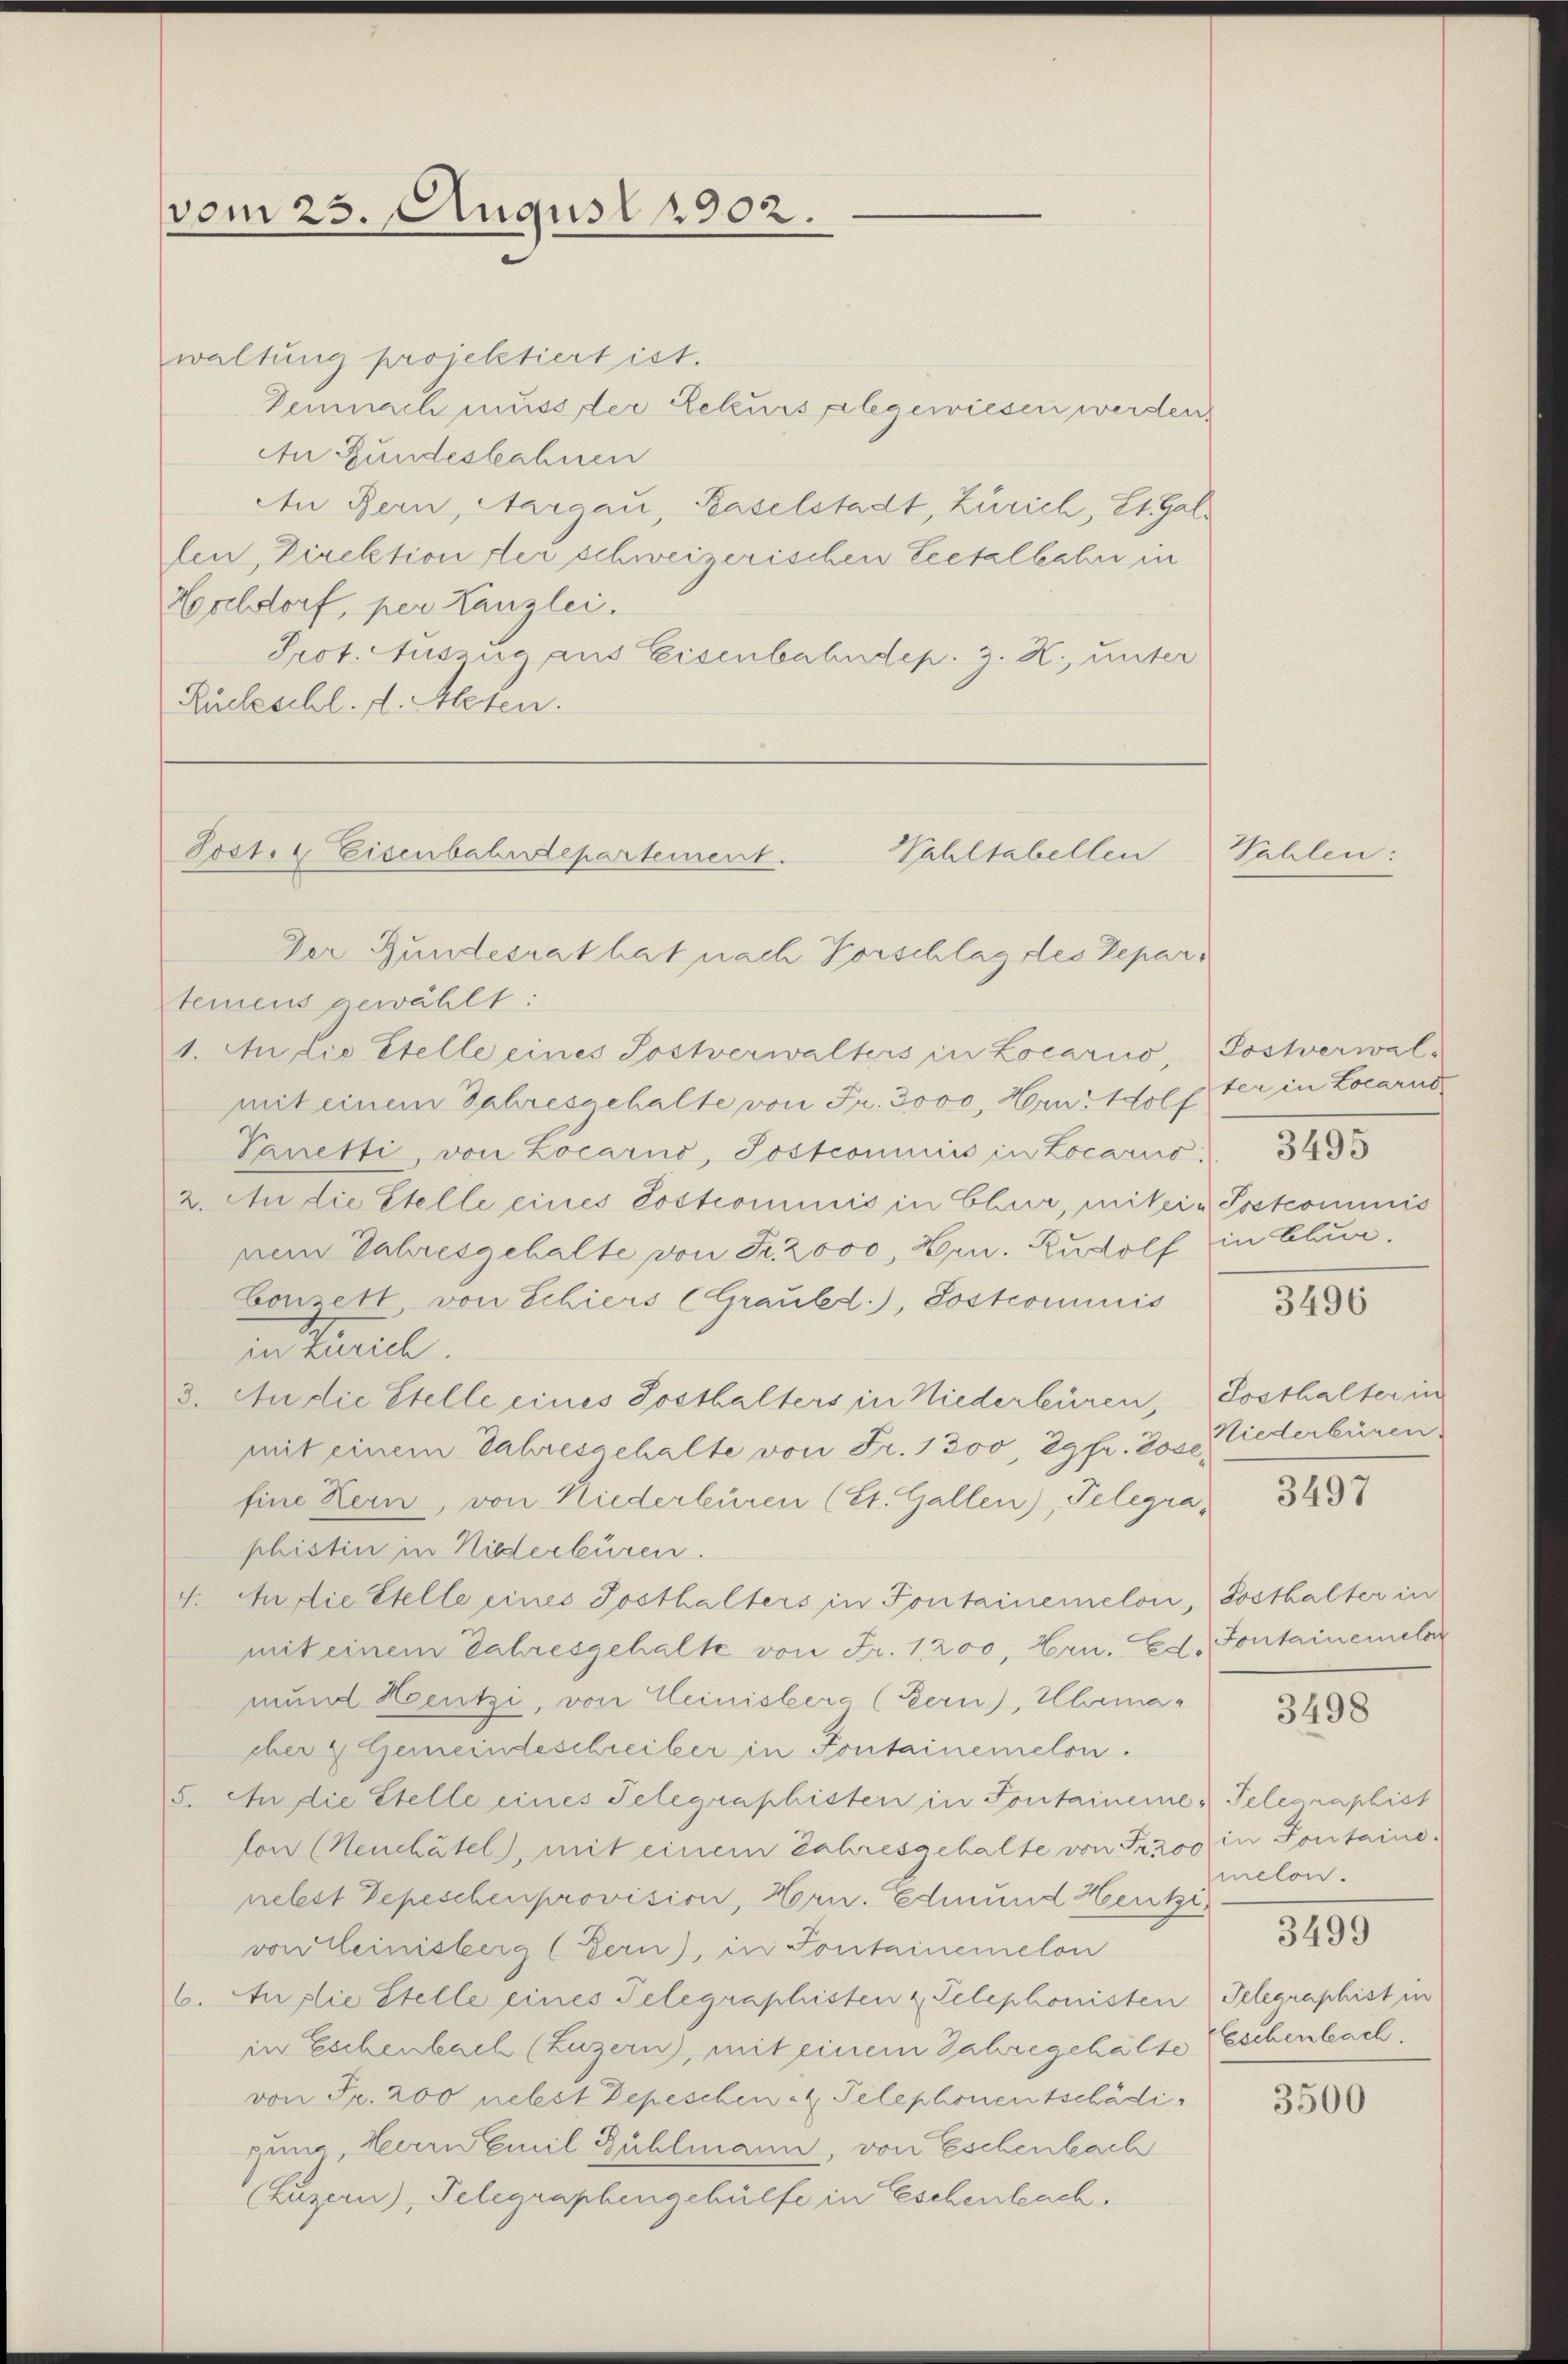
vom 23. August 1902.

waltung projektiert ist.
Demnach muss der Rekurs gelegewiesen werden.
An Gundeskahnen
An Bern, Aargau, Baselstadt, Zürich, Lt. Galfen, Direktion der schweizerischen Leitalbahn in
Hochdorf, per Kanzlei.
Prot. Auszug aus Eisenbahndep. z. R., unter
Rückschl. d. Alesen.

Tost. Eisenbahndepartement.
Wahltabellen

Der Bundesrat hat nach Vorschlag des Departeinens gewählt:
1. Ausio Stelle eines Sostverwalters in Locarno, Postverwal-
mit einem Jahresgehalte von Fr. 3000, Hrn. Soll der in Locarno¬
Vanetti, von Locarno, Jostcommiss in Locariis    343
2. An die Stelle eines Postcommis in Chur, mitein Postcommis
nem Jahresgehalte von Fr. 2000, Hrn. Rudolf in Blum.
Conzett von Schiers (Graubed.), Sostcommis
en tariel
3. An die Stelle eines Sosthalters in Niederbüren, Posthalter in
mit einem Jahresgehalte von Fr. 1300, 29fr. 200 Liederbüren
fine Kern, von Niederbüren (St. Gallen), Telegraphistin in Niederbüren.
4. An die Stelle eines Posthalters in Fontainemelon, Posthalter in
mit einem Jahresgehalte von Fr. 1 200, Hrn. Ed. Sontainemelder
nund Heutzi, von Ceinisters (Bern), Uhrma-
eber 2 Gemeindeschreiber in Fontainemelon.
5. An die Stelle eines Telegraphisten in Fontainene u Telegraphist
lon (Neuchatel), mit einem Jahresgehalte von Trzoo in Pontainenelest Depeschenprovision, Horn. Edmund Heuki
von Leinisberg (Bern), in Fontainemelon
6. Auslie Stelle eines Telegraphisten z. Telephonisten) Telegraphist in
in Eschenbach (Luzern, mit einem Jahre gehalte (Eschenbach,
von Fr. 200 nebst Depeschen Telephonentschädipung, Herrn Emil Bühlmann, von Eschenbach
(Luzern), Telegraphengehülfe in Eschenbach.

Vahlen:

3496

3497

3498

melon.

3499

3500